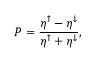
P = \frac { \eta ^ { \uparrow } - \eta ^ { \downarrow } } { \eta ^ { \uparrow } + \eta ^ { \downarrow } } ,